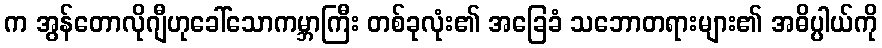
က အွန်တောလိုဂျီဟုခေါ်သောကမ္ဘာကြီး တစ်ခုလုံး၏ အခြေခံ သဘောတရားများ၏ အဓိပ္ပါယ်ကို